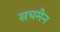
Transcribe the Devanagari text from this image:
सचमैन